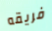
فريقه